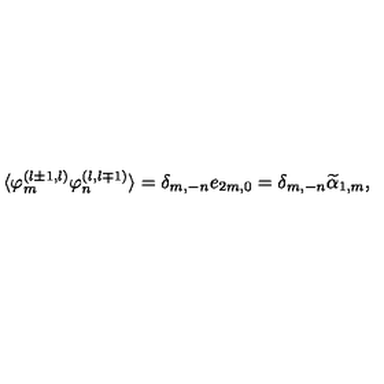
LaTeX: \langle \varphi _ { m } ^ { ( l \pm 1 , l ) } \varphi _ { n } ^ { ( l , l \mp 1 ) } \rangle = \delta _ { m , - n } e _ { 2 m , 0 } = \delta _ { m , - n } \widetilde { \alpha } _ { 1 , m } ,